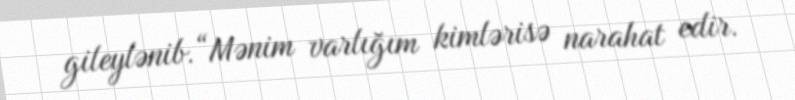
gileylənib.“Mənim varlığım kimlərisə narahat edir.